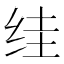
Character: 𮉤